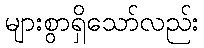
များစွာရှိသော်လည်း